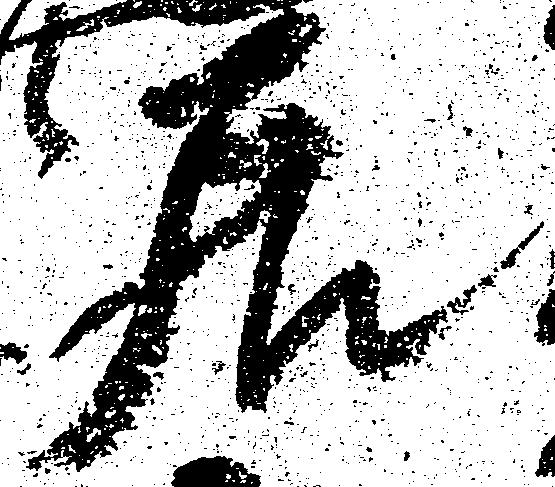
居